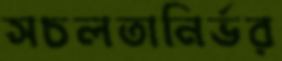
সচলতানির্ভর